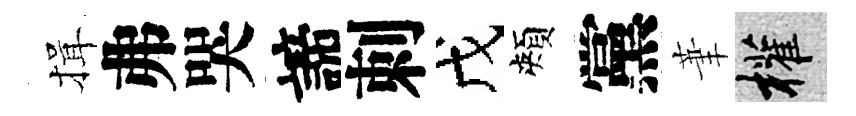
揖弗哭諦刺戊頰黨茟權